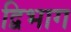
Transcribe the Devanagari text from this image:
द्विभाग